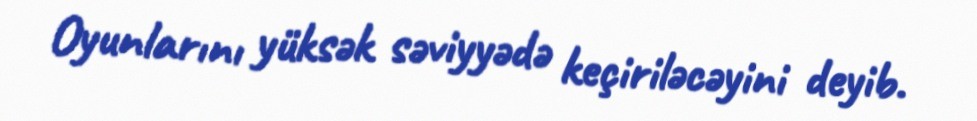
Oyunlarını yüksək səviyyədə keçiriləcəyini deyib.